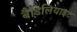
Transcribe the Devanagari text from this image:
बैडिलियाइट